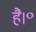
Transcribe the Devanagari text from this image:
है।॰